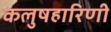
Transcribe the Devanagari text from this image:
कलुषहारिणी